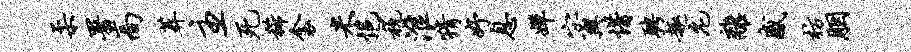
柔署高葬主死稀衾米悒税淮猜妤息婵宓兴惜聘趣庀离感枋胭